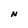
Character: N